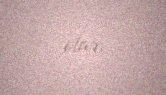
olar.